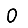
Digit: 0